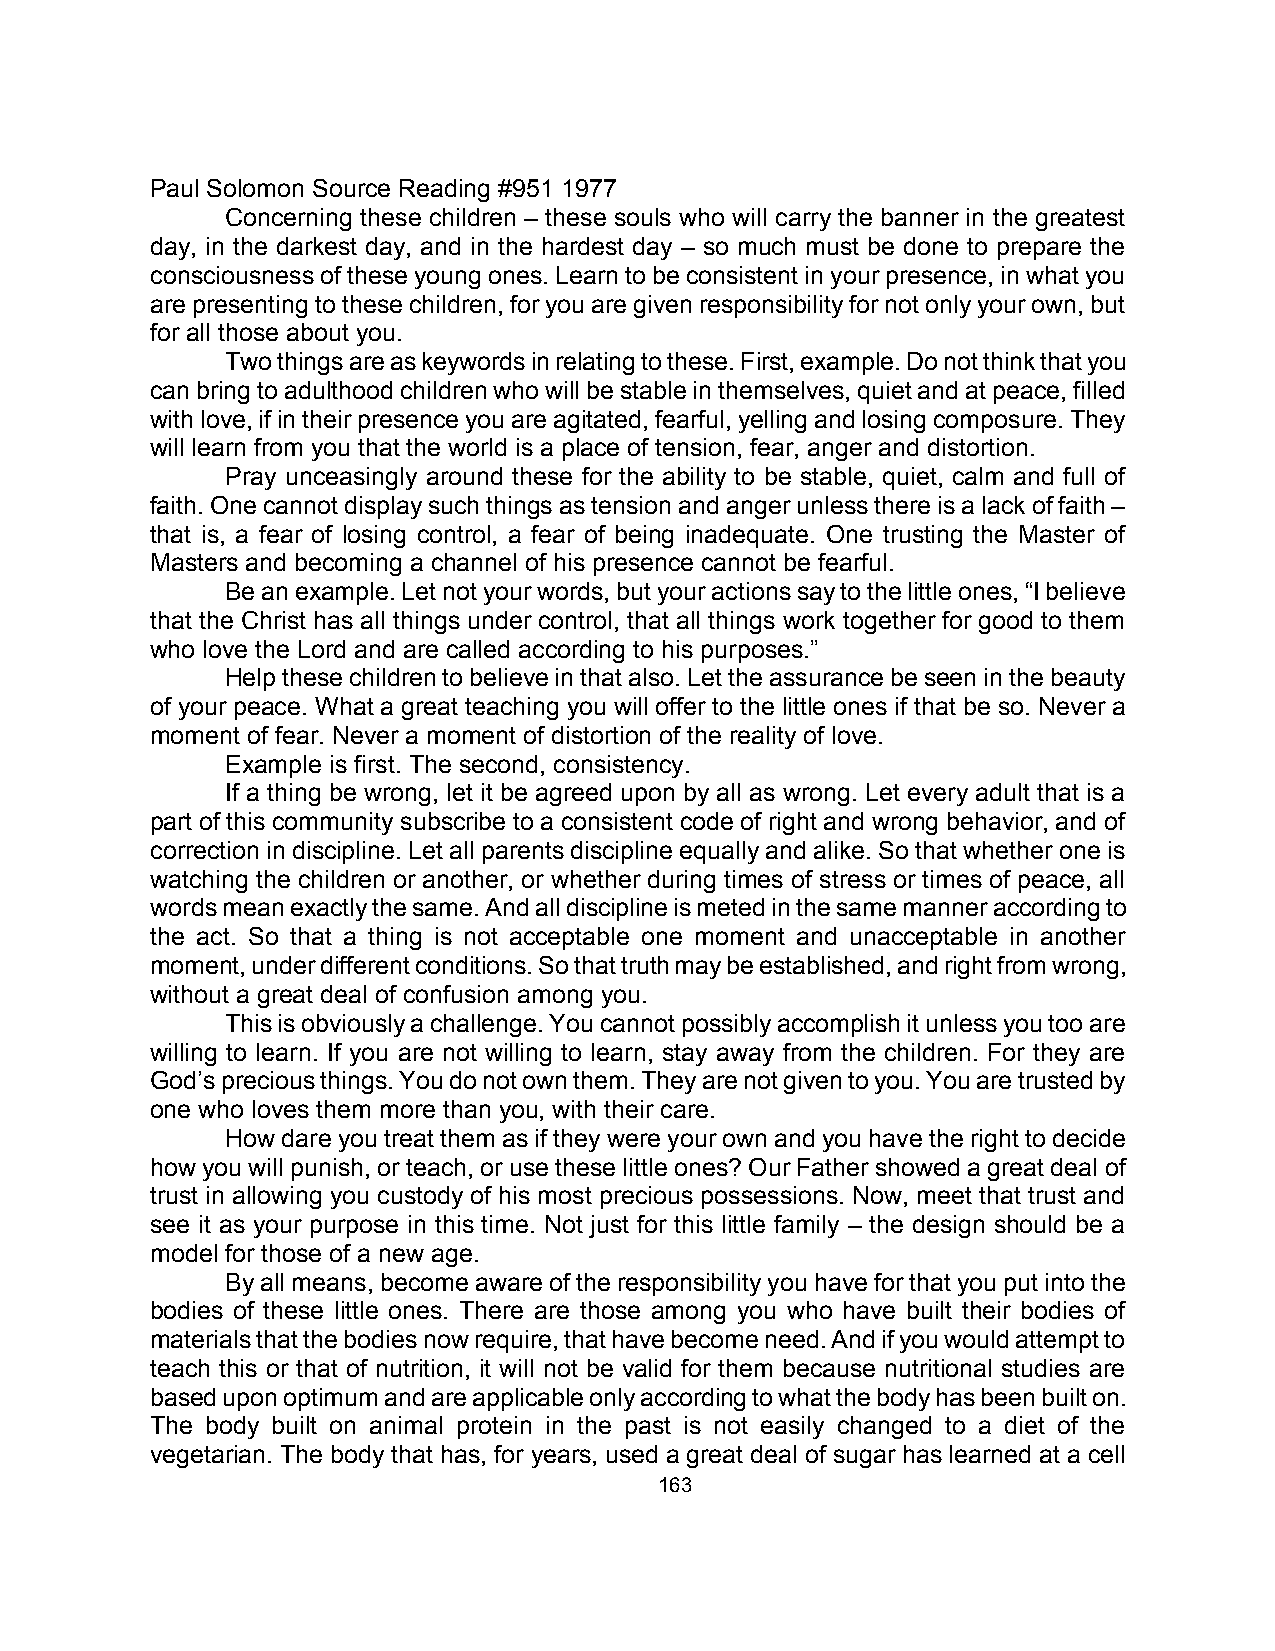
Paul Solomon Source Reading #951 1977
 Concerning these children – these souls who will carry the banner in the greatest
 day, in the darkest day, and in the hardest day – so much must be done to prepare the
 consciousness of these young ones. Learn to be consistent in your presence, in what you
 are presenting to these children, for you are given responsibility for not only your own, but
 for all those about you.
 Two things are as keywords in relating to these. First, example. Do not think that you
 can bring to adulthood children who will be stable in themselves, quiet and at peace, filled
 with love, if in their presence you are agitated, fearful, yelling and losing composure. They
 will learn from you that the world is a place of tension, fear, anger and distortion.
 Pray unceasingly around these for the ability to be stable, quiet, calm and full of
 faith. One cannot display such things as tension and anger unless there is a lack of faith –
 that is, a fear of losing control, a fear of being inadequate. One trusting the Master of
 Masters and becoming a channel of his presence cannot be fearful.
 Be an example. Let not your words, but your actions say to the little ones, “I believe
 that the Christ has all things under control, that all things work together for good to them
 who love the Lord and are called according to his purposes.”
 Help these children to believe in that also. Let the assurance be seen in the beauty
 of your peace. What a great teaching you will offer to the little ones if that be so. Never a
 moment of fear. Never a moment of distortion of the reality of love.
 Example is first. The second, consistency.
 If a thing be wrong, let it be agreed upon by all as wrong. Let every adult that is a
 part of this community subscribe to a consistent code of right and wrong behavior, and of
 correction in discipline. Let all parents discipline equally and alike. So that whether one is
 watching the children or another, or whether during times of stress or times of peace, all
 words mean exactly the same. And all discipline is meted in the same manner according to
 the act. So that a thing is not acceptable one moment and unacceptable in another
 moment, under different conditions. So that truth may be established, and right from wrong,
 without a great deal of confusion among you.
 This is obviously a challenge. You cannot possibly accomplish it unless you too are
 willing to learn. If you are not willing to learn, stay away from the children. For they are
 God’s precious things. You do not own them. They are not given to you. You are trusted by
 one who loves them more than you, with their care.
 How dare you treat them as if they were your own and you have the right to decide
 how you will punish, or teach, or use these little ones? Our Father showed a great deal of
 trust in allowing you custody of his most precious possessions. Now, meet that trust and
 see it as your purpose in this time. Not just for this little family – the design should be a
 model for those of a new age.
 By all means, become aware of the responsibility you have for that you put into the
 bodies of these little ones. There are those among you who have built their bodies of
 materials that the bodies now require, that have become need. And if you would attempt to
 teach this or that of nutrition, it will not be valid for them because nutritional studies are
 based upon optimum and are applicable only according to what the body has been built on.
 The body built on animal protein in the past is not easily changed to a diet of the
 vegetarian. The body that has, for years, used a great deal of sugar has learned at a cell
 163